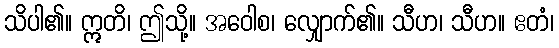
သိပါ၏။ ဣတိ၊ ဤသို့။ အဝေါစ၊ လျှောက်၏။ သီဟ၊ သီဟ။ ဧတံ၊